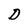
Character: D